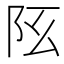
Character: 𨸞